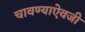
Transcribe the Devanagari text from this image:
चावण्याऐवजी